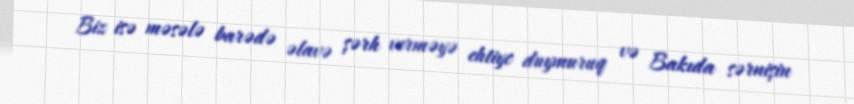
Biz isə məsələ barədə əlavə şərh verməyə ehtiyc duymuruq və Bakıda sərnişin